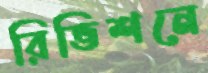
রিভিশনে